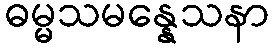
ဓမ္မသမန္နေသနာ